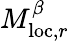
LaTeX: M_{\mathrm{loc},r}^{\beta}